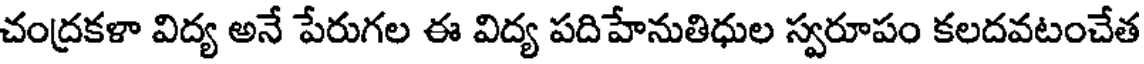
చంద్రకళా విద్య అనే పేరుగల ఈ విద్య పదిహేనుతిధుల స్వరూపం కలదవటంచేత